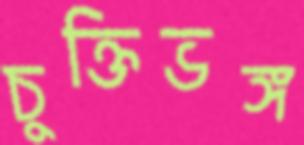
চুক্তিভঙ্গ